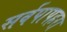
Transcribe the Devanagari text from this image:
सर्वपापहरा